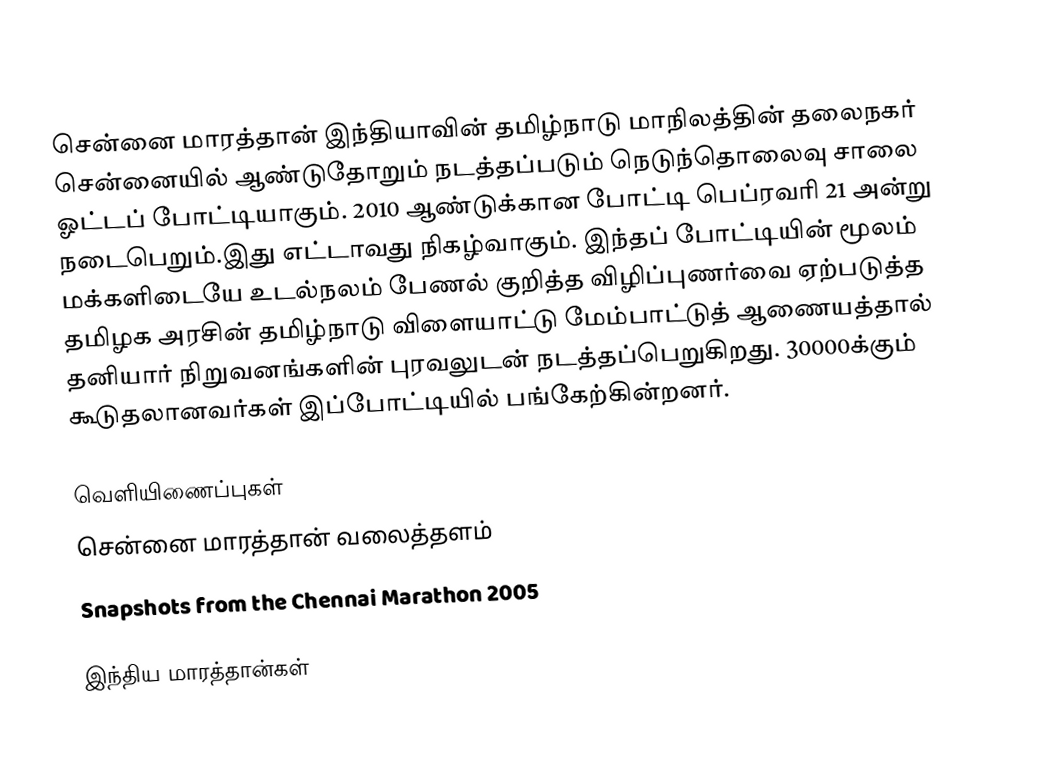
சென்னை மாரத்தான்  இந்தியாவின் தமிழ்நாடு மாநிலத்தின் தலைநகர் சென்னையில் ஆண்டுதோறும் நடத்தப்படும் நெடுந்தொலைவு சாலை ஓட்டப் போட்டியாகும். 2010 ஆண்டுக்கான போட்டி பெப்ரவரி 21 அன்று நடைபெறும்.இது எட்டாவது நிகழ்வாகும். இந்தப் போட்டியின் மூலம் மக்களிடையே உடல்நலம் பேணல் குறித்த விழிப்புணர்வை ஏற்படுத்த தமிழக அரசின் தமிழ்நாடு விளையாட்டு மேம்பாட்டுத் ஆணையத்தால் தனியார் நிறுவனங்களின் புரவலுடன் நடத்தப்பெறுகிறது. 30000க்கும் கூடுதலானவர்கள் இப்போட்டியில் பங்கேற்கின்றனர்.

வெளியிணைப்புகள்
  சென்னை மாரத்தான் வலைத்தளம்
  Snapshots from the Chennai Marathon 2005

இந்திய மாரத்தான்கள்